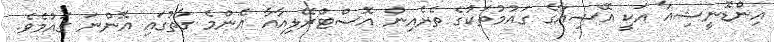
އިންޑޮނީޝިއާ އަކީ އޭޝިއާގެ ގައުމުތަކުގެ ތެރެއިން އޮސްޓްރޭލިއާއާ އެންމެ ގާތުގައި އޮންނަ ގައުމެވެ.